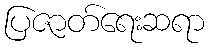
ပြဇာတ်ရေးဆရာ